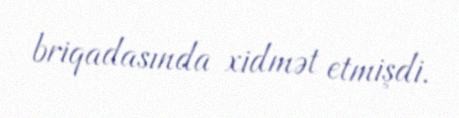
briqadasında xidmət etmişdi.